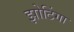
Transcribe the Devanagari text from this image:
झोटिंगा